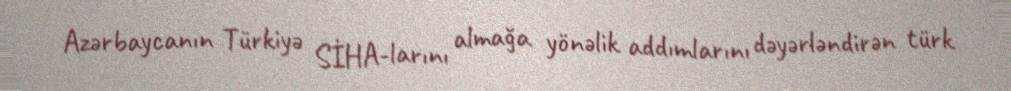
Azərbaycanın Türkiyə SİHA-larını almağa yönəlik addımlarını dəyərləndirən türk